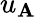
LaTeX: u_{\mathbf{A}}